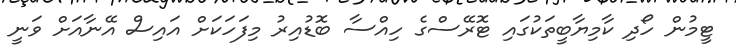
ޓީމުން ހޯދި ކާމިޔާބީތަކުގައި ޓޮރޭސްގެ ހިއްސާ ބޮޑުއިރު މިފަހަކަށް އައިސް އޭނާއަށް ވަނީ